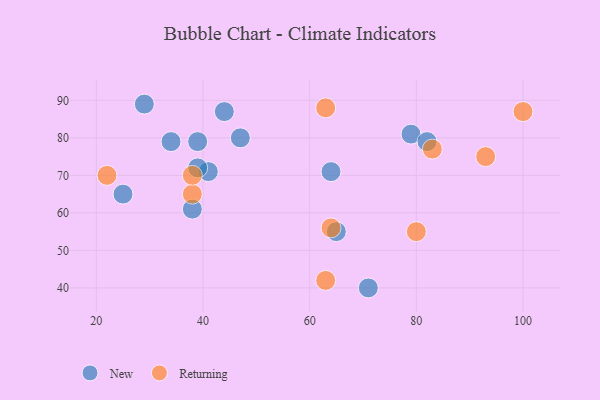
{"axis": {"x": "GDP", "y": "Life Expectancy"}, "legend": ["New", "Returning"], "data": [{"x": "79", "y": 81, "type": "New"}, {"x": "44", "y": 87, "type": "New"}, {"x": "39", "y": 79, "type": "New"}, {"x": "25", "y": 65, "type": "New"}, {"x": "47", "y": 80, "type": "New"}, {"x": "29", "y": 89, "type": "New"}, {"x": "41", "y": 71, "type": "New"}, {"x": "38", "y": 61, "type": "New"}, {"x": "39", "y": 72, "type": "New"}, {"x": "34", "y": 79, "type": "New"}, {"x": "65", "y": 55, "type": "New"}, {"x": "64", "y": 71, "type": "New"}, {"x": "71", "y": 40, "type": "New"}, {"x": "82", "y": 79, "type": "New"}, {"x": "80", "y": 55, "type": "Returning"}, {"x": "63", "y": 42, "type": "Returning"}, {"x": "64", "y": 56, "type": "Returning"}, {"x": "83", "y": 77, "type": "Returning"}, {"x": "63", "y": 88, "type": "Returning"}, {"x": "100", "y": 87, "type": "Returning"}, {"x": "38", "y": 65, "type": "Returning"}, {"x": "93", "y": 75, "type": "Returning"}, {"x": "22", "y": 70, "type": "Returning"}, {"x": "38", "y": 70, "type": "Returning"}]}